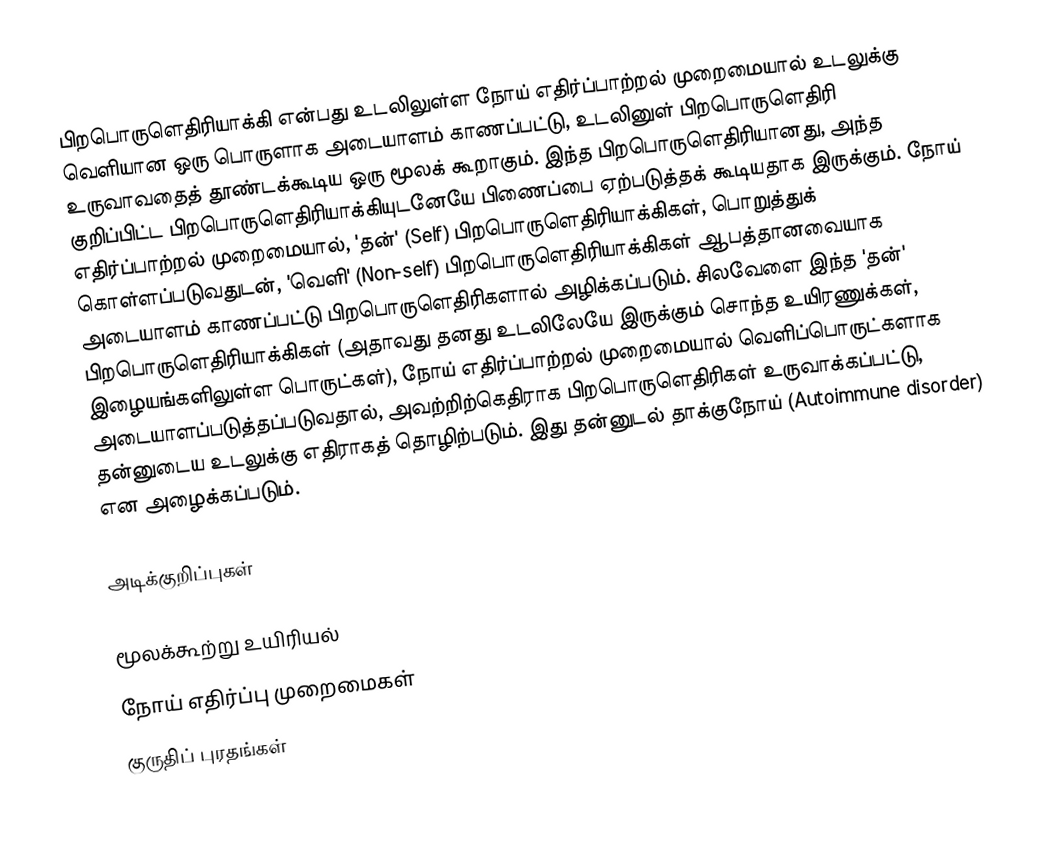
பிறபொருளெதிரியாக்கி என்பது உடலிலுள்ள நோய் எதிர்ப்பாற்றல் முறைமையால் உடலுக்கு வெளியான ஒரு பொருளாக அடையாளம் காணப்பட்டு, உடலினுள் பிறபொருளெதிரி  உருவாவதைத் தூண்டக்கூடிய ஒரு மூலக் கூறாகும். இந்த பிறபொருளெதிரியானது, அந்த குறிப்பிட்ட பிறபொருளெதிரியாக்கியுடனேயே பிணைப்பை ஏற்படுத்தக் கூடியதாக இருக்கும். நோய் எதிர்ப்பாற்றல் முறைமையால், 'தன்' (Self) பிறபொருளெதிரியாக்கிகள், பொறுத்துக் கொள்ளப்படுவதுடன், 'வெளி' (Non-self) பிறபொருளெதிரியாக்கிகள் ஆபத்தானவையாக அடையாளம் காணப்பட்டு பிறபொருளெதிரிகளால் அழிக்கப்படும். சிலவேளை இந்த 'தன்' பிறபொருளெதிரியாக்கிகள் (அதாவது தனது உடலிலேயே இருக்கும் சொந்த உயிரணுக்கள், இழையங்களிலுள்ள பொருட்கள்), நோய் எதிர்ப்பாற்றல் முறைமையால் வெளிப்பொருட்களாக அடையாளப்படுத்தப்படுவதால், அவற்றிற்கெதிராக பிறபொருளெதிரிகள் உருவாக்கப்பட்டு, தன்னுடைய உடலுக்கு எதிராகத் தொழிற்படும். இது தன்னுடல் தாக்குநோய் (Autoimmune disorder) என அழைக்கப்படும்.

அடிக்குறிப்புகள்

மூலக்கூற்று உயிரியல்
நோய் எதிர்ப்பு முறைமைகள்
குருதிப் புரதங்கள்